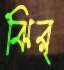
ঝির্